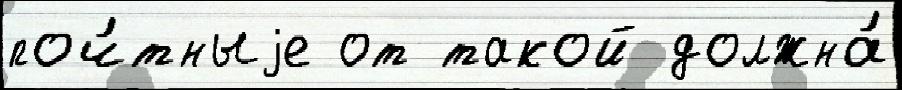
поч́тныjе от такой должна́